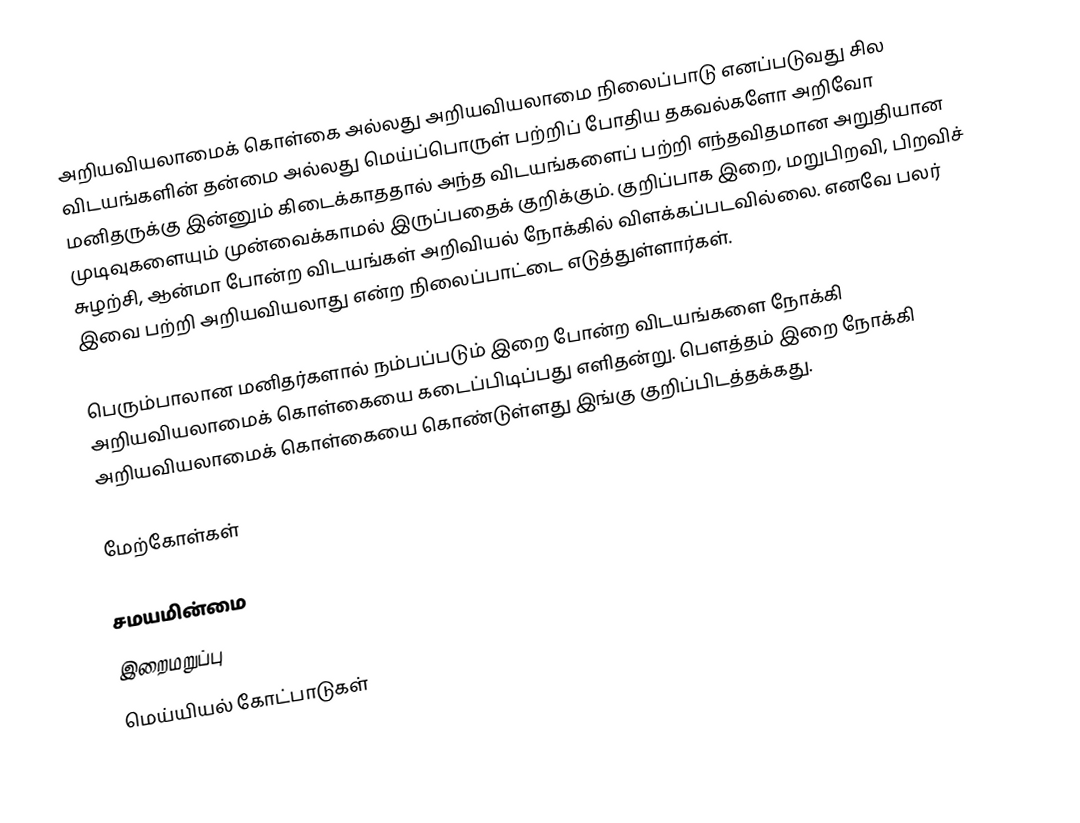
அறியவியலாமைக் கொள்கை அல்லது அறியவியலாமை நிலைப்பாடு எனப்படுவது சில விடயங்களின் தன்மை அல்லது மெய்ப்பொருள் பற்றிப் போதிய தகவல்களோ அறிவோ மனிதருக்கு இன்னும் கிடைக்காததால் அந்த விடயங்களைப் பற்றி எந்தவிதமான அறுதியான முடிவுகளையும் முன்வைக்காமல் இருப்பதைக் குறிக்கும். குறிப்பாக இறை, மறுபிறவி, பிறவிச் சுழற்சி, ஆன்மா போன்ற விடயங்கள் அறிவியல் நோக்கில் விளக்கப்படவில்லை. எனவே பலர் இவை பற்றி அறியவியலாது என்ற நிலைப்பாட்டை எடுத்துள்ளார்கள்.

பெரும்பாலான மனிதர்களால் நம்பப்படும் இறை போன்ற விடயங்களை நோக்கி அறியவியலாமைக் கொள்கையை கடைப்பிடிப்பது எளிதன்று. பௌத்தம் இறை நோக்கி அறியவியலாமைக் கொள்கையை கொண்டுள்ளது இங்கு குறிப்பிடத்தக்கது.

மேற்கோள்கள்

சமயமின்மை
இறைமறுப்பு
மெய்யியல் கோட்பாடுகள்